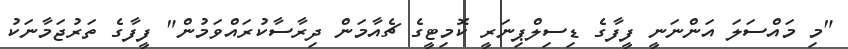
"މި މައްސަލަ އަންނަނީ ފީފާގެ ޑިސިލްޕިނަރީ ކޮމިޓީގެ ޗެއާމަން ދިރާސާކުރައްވަމުން" ފީފާގެ ތަރުޖަމާނަކު